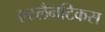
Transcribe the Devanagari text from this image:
एटलैनटिकस